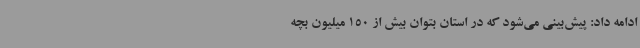
ادامه داد: پیش‌بینی می‌شود که در استان بتوان بیش از 150 میلیون بچه